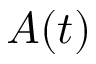
A ( t )